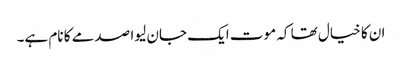
ان کا خیال تھا کہ موت ایک جان لیوا صدمے کا نام ہے۔